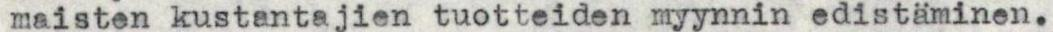
maisten kustantajien tuotteiden myynnin edistäminen.